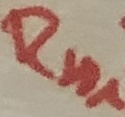
Text: Rn1